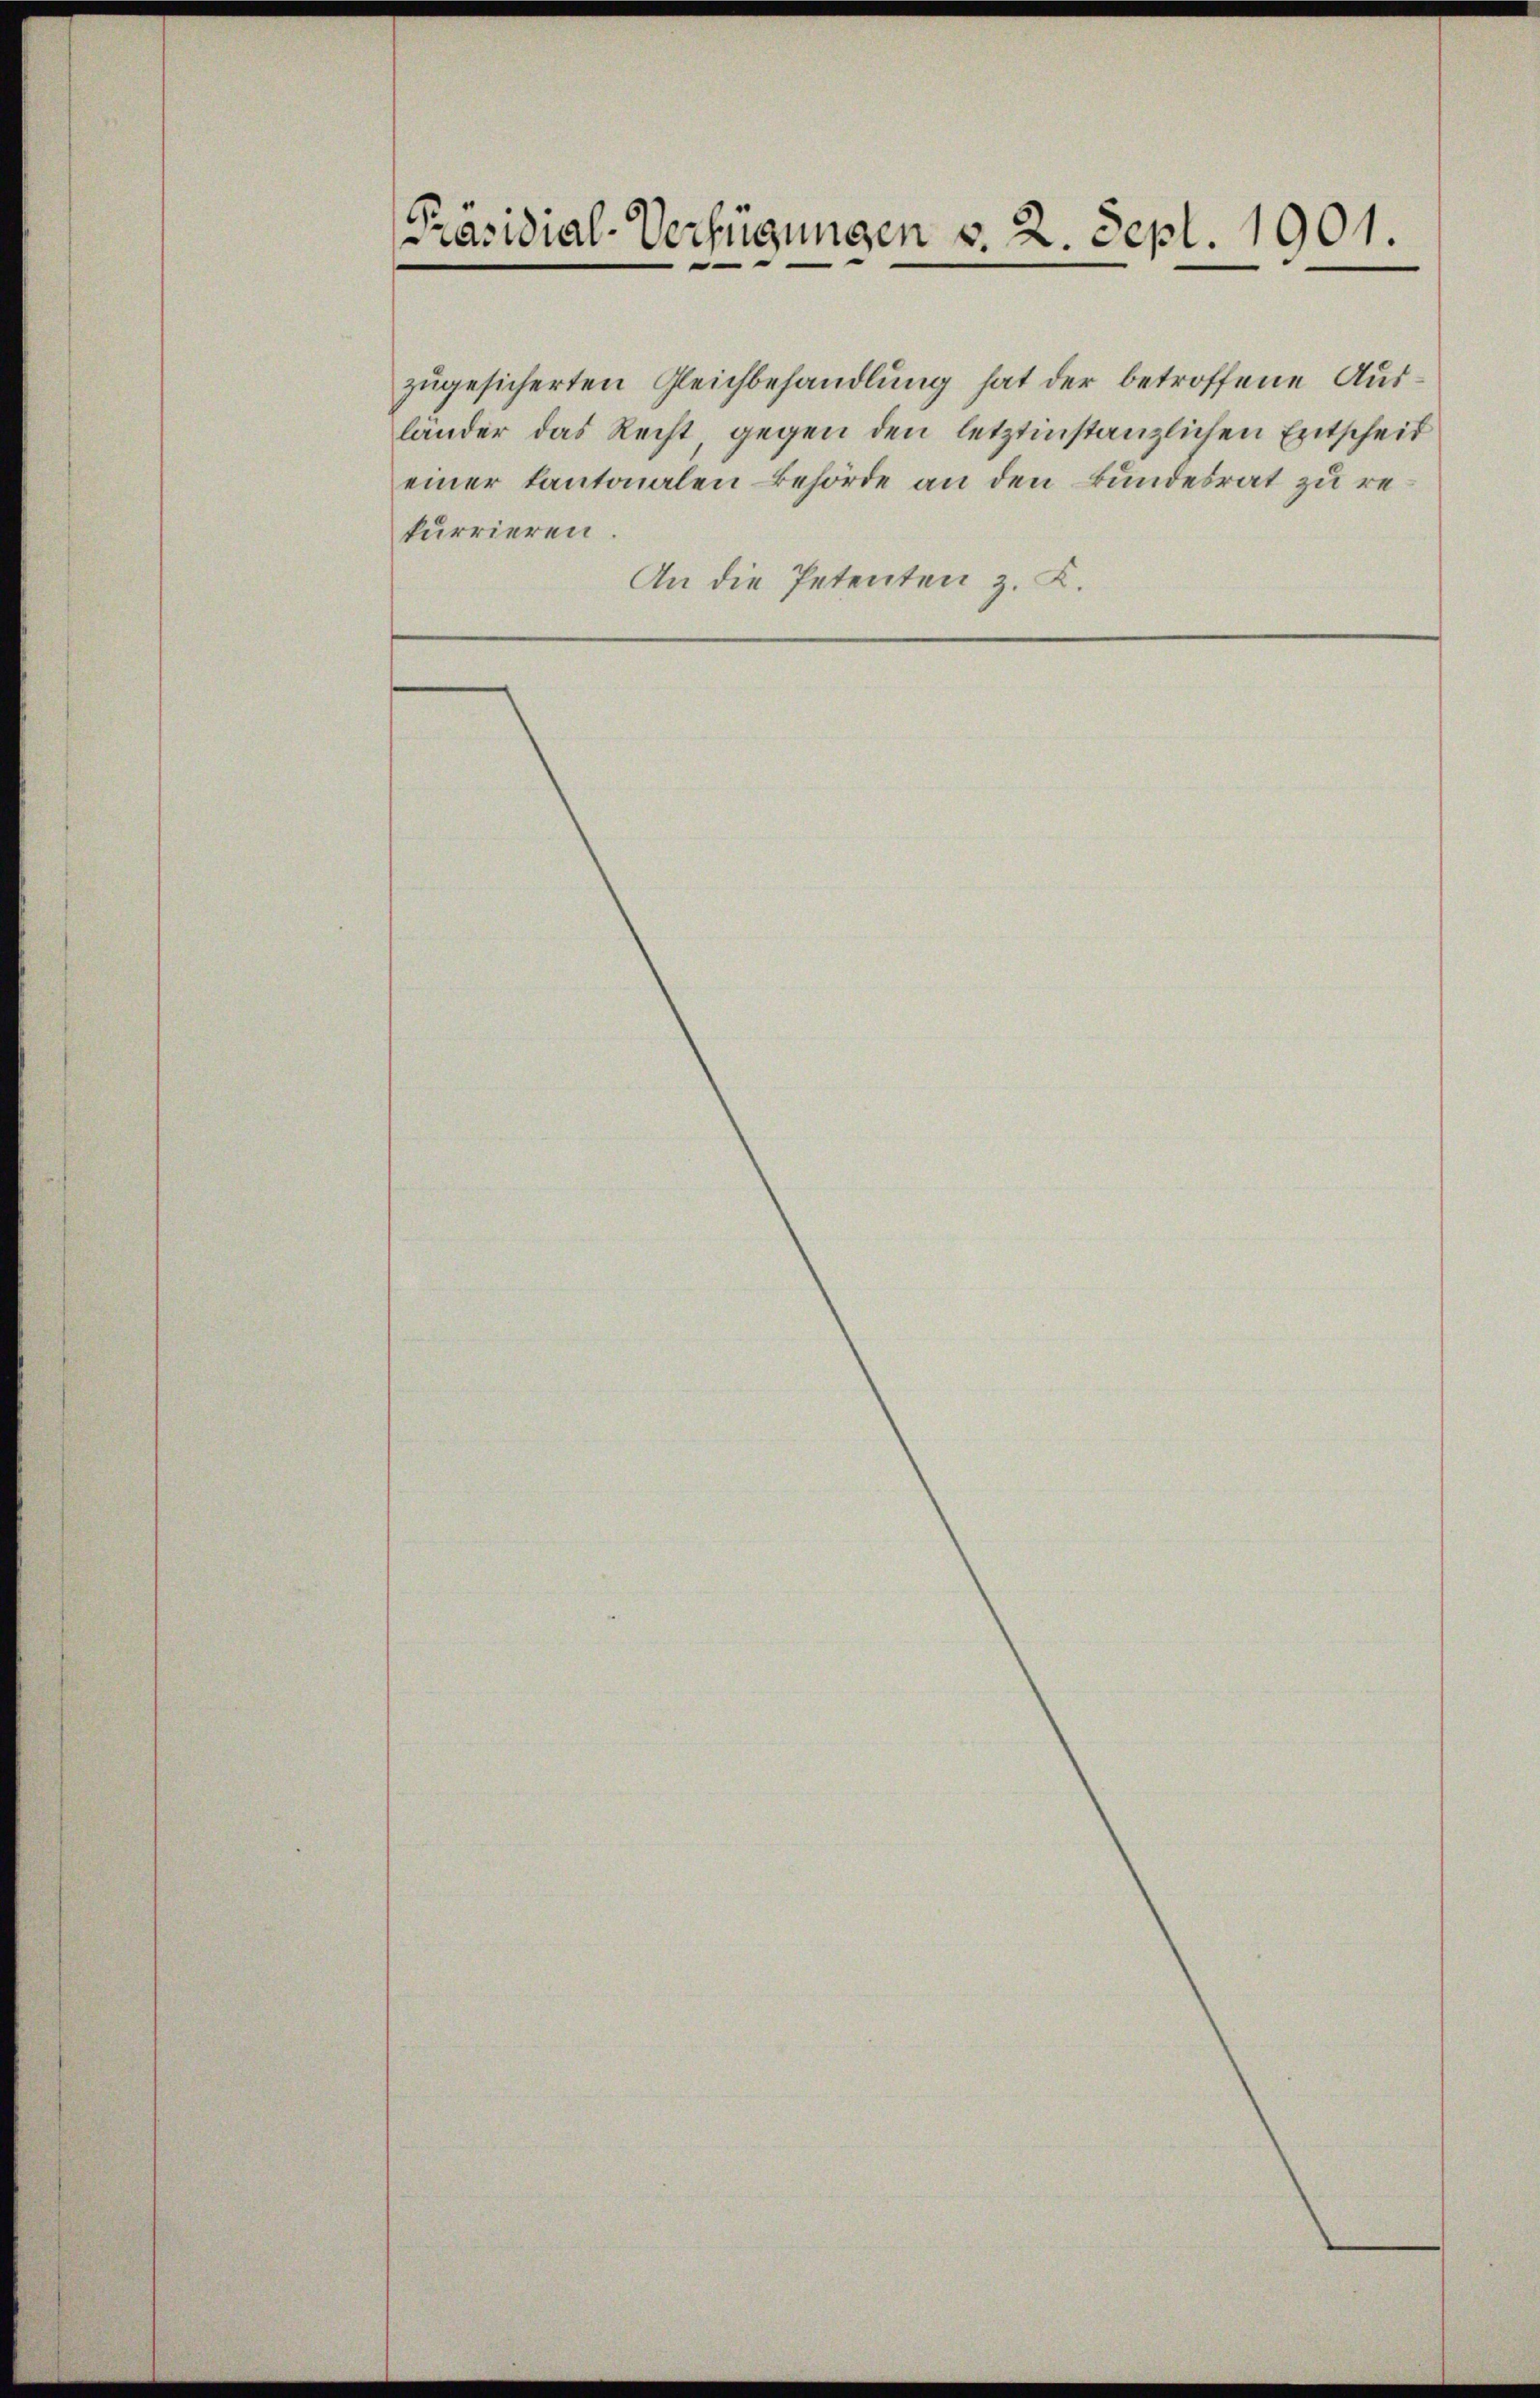
[Präsidial-Verfügungen v. 2. Sept. 1901

zugesicherten Gleichbehandlung hat der betroffene Ausländer das Recht, gegen den letztinstanzlichen Entscheieiner kantonalen Behörde an den Bundesrat zu rekurrieren.
An die Petenten z. K.